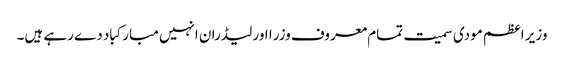
وزیر اعظم مودی سمیت تمام معروف وزرا اور لیڈران انہیں مبارکباد دے رہے ہیں۔